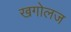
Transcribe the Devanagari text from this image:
खगोलज